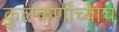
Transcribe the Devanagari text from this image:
कुलकर्णींच्याच